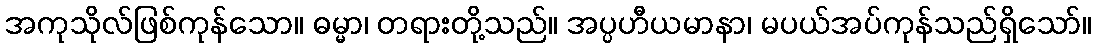
အကုသိုလ်ဖြစ်ကုန်သော။ ဓမ္မာ၊ တရားတို့သည်။ အပ္ပဟီယမာနာ၊ မပယ်အပ်ကုန်သည်ရှိသော်။